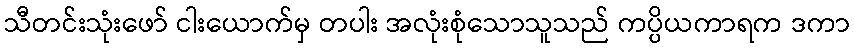
သီတင်းသုံးဖော် ငါးယောက်မှ တပါး အလုံးစုံသောသူသည် ကပ္ပိယကာရက ဒကာ